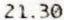
21.30